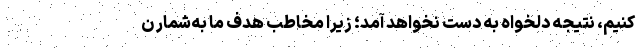
کنیم، نتیجه دلخواه به دست نخواهد آمد؛ زیرا مخاطب هدف ما به‌شمار ن